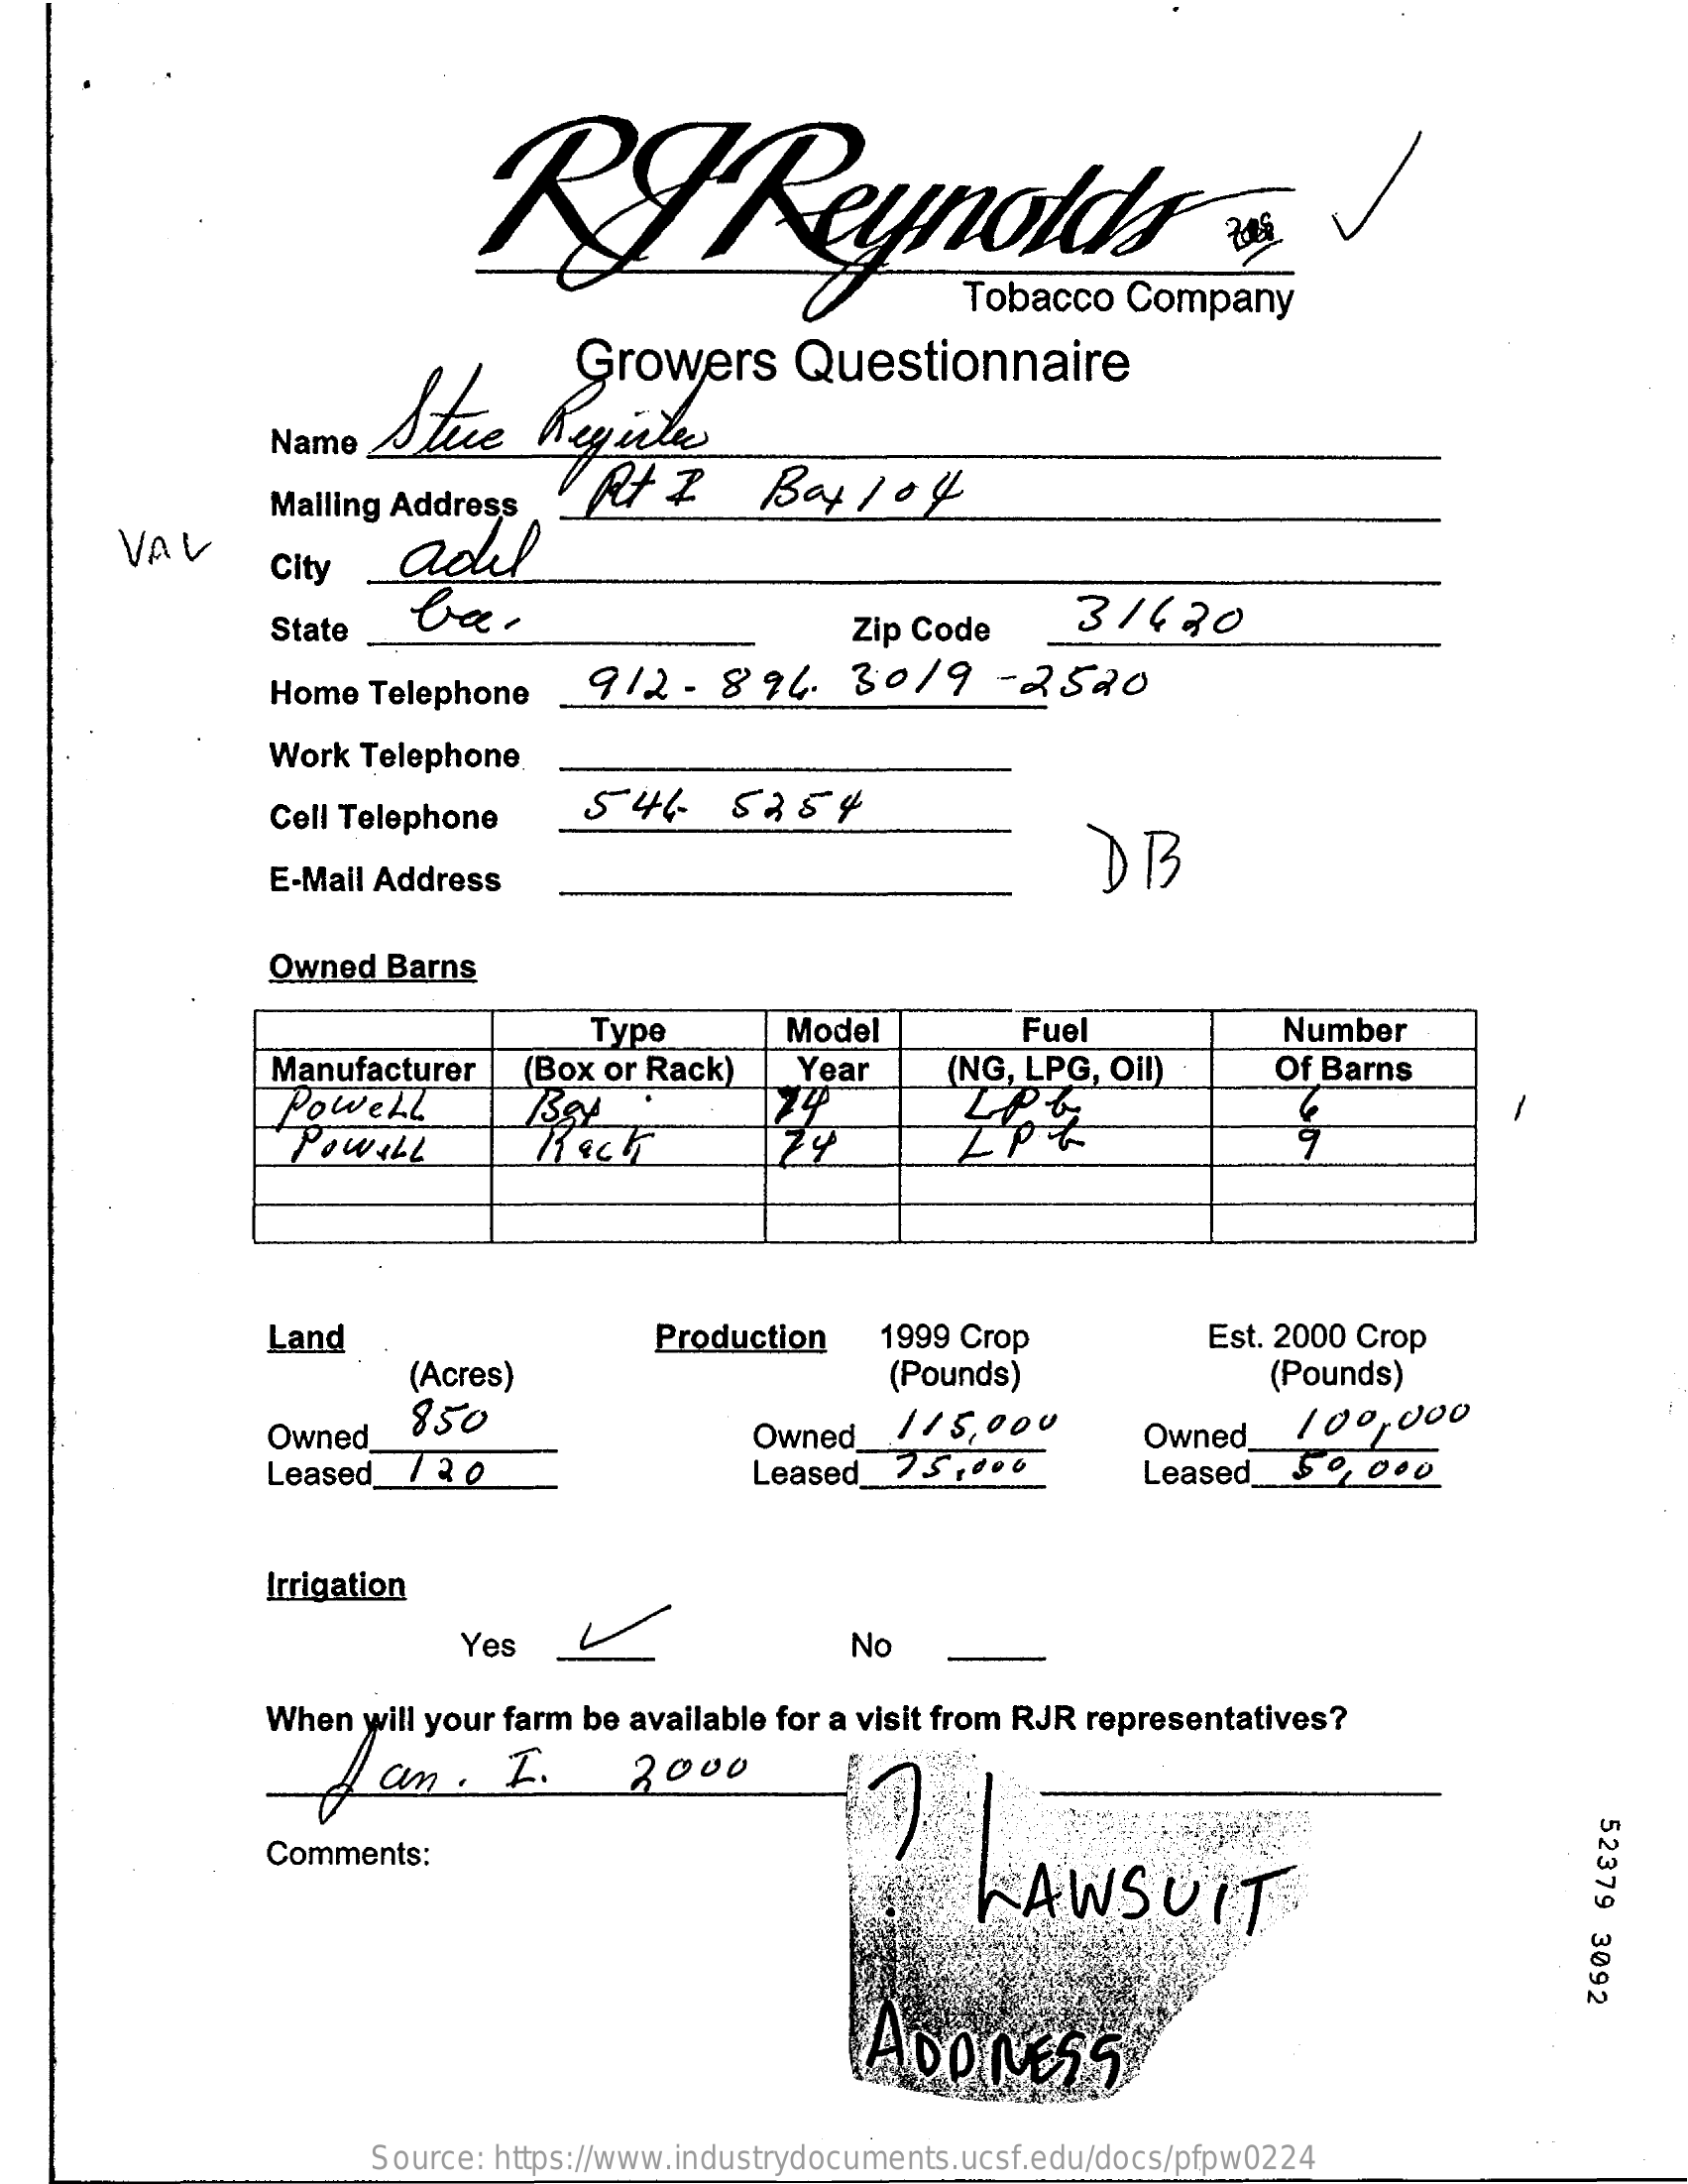
RT    Reynoldhans    J
     Stue    Register
     Growers    Questionnaire
     Name
     Mailing Address    Rt   I    Bay   104
     VAV
     City    adil
     State    Zip Code    31670
     Home  Telephone    912-    896.    30/9-    2520
     Work  Telephone
     Cell Telephone    544-    5254
     DB
     E-Mail Address
     Owned  Barns
     Type    Model    Fuel    Number
     Manufacturer    Year
     Powell
     (Box or Rack)    (NG, LPG, Oil)    Of Barns
     PoWILL
     Land    Production    1999 Crop    Est. 2000 Crop
     (Acres)    (Pounds)    (Pounds)
     Owned
     850
     Owned_  115.000    Owned
     100,000
     Leased_/  2 0    Leased_  75  ,006    Leased_50,    000
     Irrigation
     Yes    No
     When  will your farm be available for a visit from RJR representatives?
     an  .  I.    2000
     52379
     3092
     Comments:
     LAWSUIT
     ADDRESS
     Source: https://www.industrydocuments.ucsf.edu/docs/pfpw0224